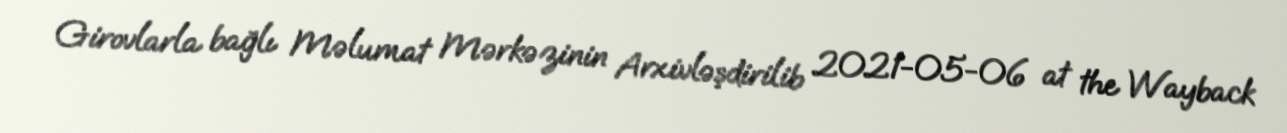
Girovlarla bağlı Məlumat Mərkəzinin Arxivləşdirilib 2021-05-06 at the Wayback